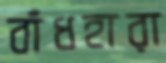
বাঁধহারা